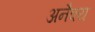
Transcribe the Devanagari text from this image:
अनैक्य